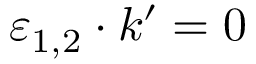
\varepsilon _ { 1 , 2 } \cdot k ^ { \prime } = 0